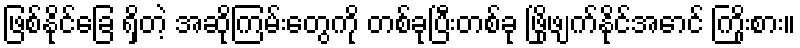
ဖြစ်နိုင်ခြေ ရှိတဲ့ အဆိုကြမ်းတွေကို တစ်ခုပြီးတစ်ခု ဖြိုဖျက်နိုင်အောင် ကြိုးစား။